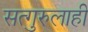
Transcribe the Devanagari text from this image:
सत्गुरुलाही